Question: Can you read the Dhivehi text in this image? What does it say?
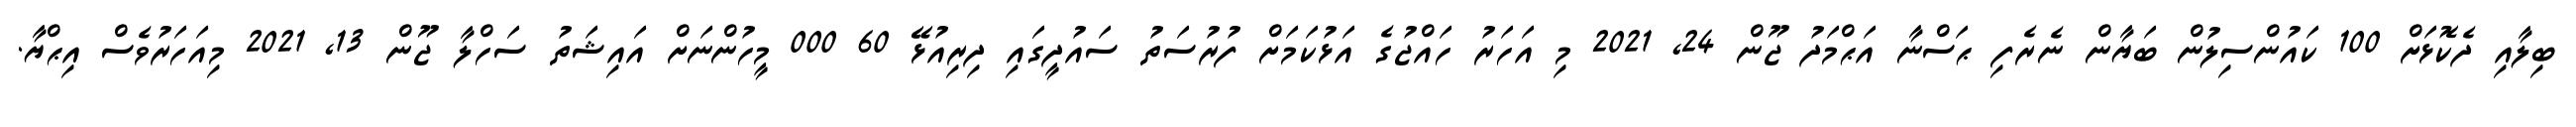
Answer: ބިލާއި ދެކޮޅަށް 100 ކައުންސިލުން ބަޔާން ނެރެފި ޙަސްނާ އަޙްމަދު ޖޫން 24, 2021 މި އަހަރު ހައްޖުގެ އަޅުކަމަށް ފުރުސަތު ސައުދީގައި ދިރިއުޅޭ 60 000 މީހުންނަށް އައިޝަތު ސަހްލާ ޖޫން 13, 2021 މިއަހަރުވެސް އިޙްޔާ.